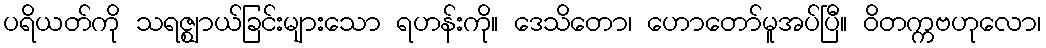
ပရိယတ်ကို သရဇ္ဈာယ်ခြင်းများသော ရဟန်းကို။ ဒေသိတော၊ ဟောတော်မူအပ်ပြီ။ ဝိတက္ကဗဟုလော၊